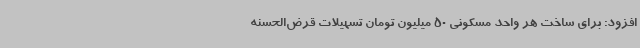
افزود: برای ساخت هر واحد مسکونی 50 میلیون تومان تسهیلات قرض‌الحسنه